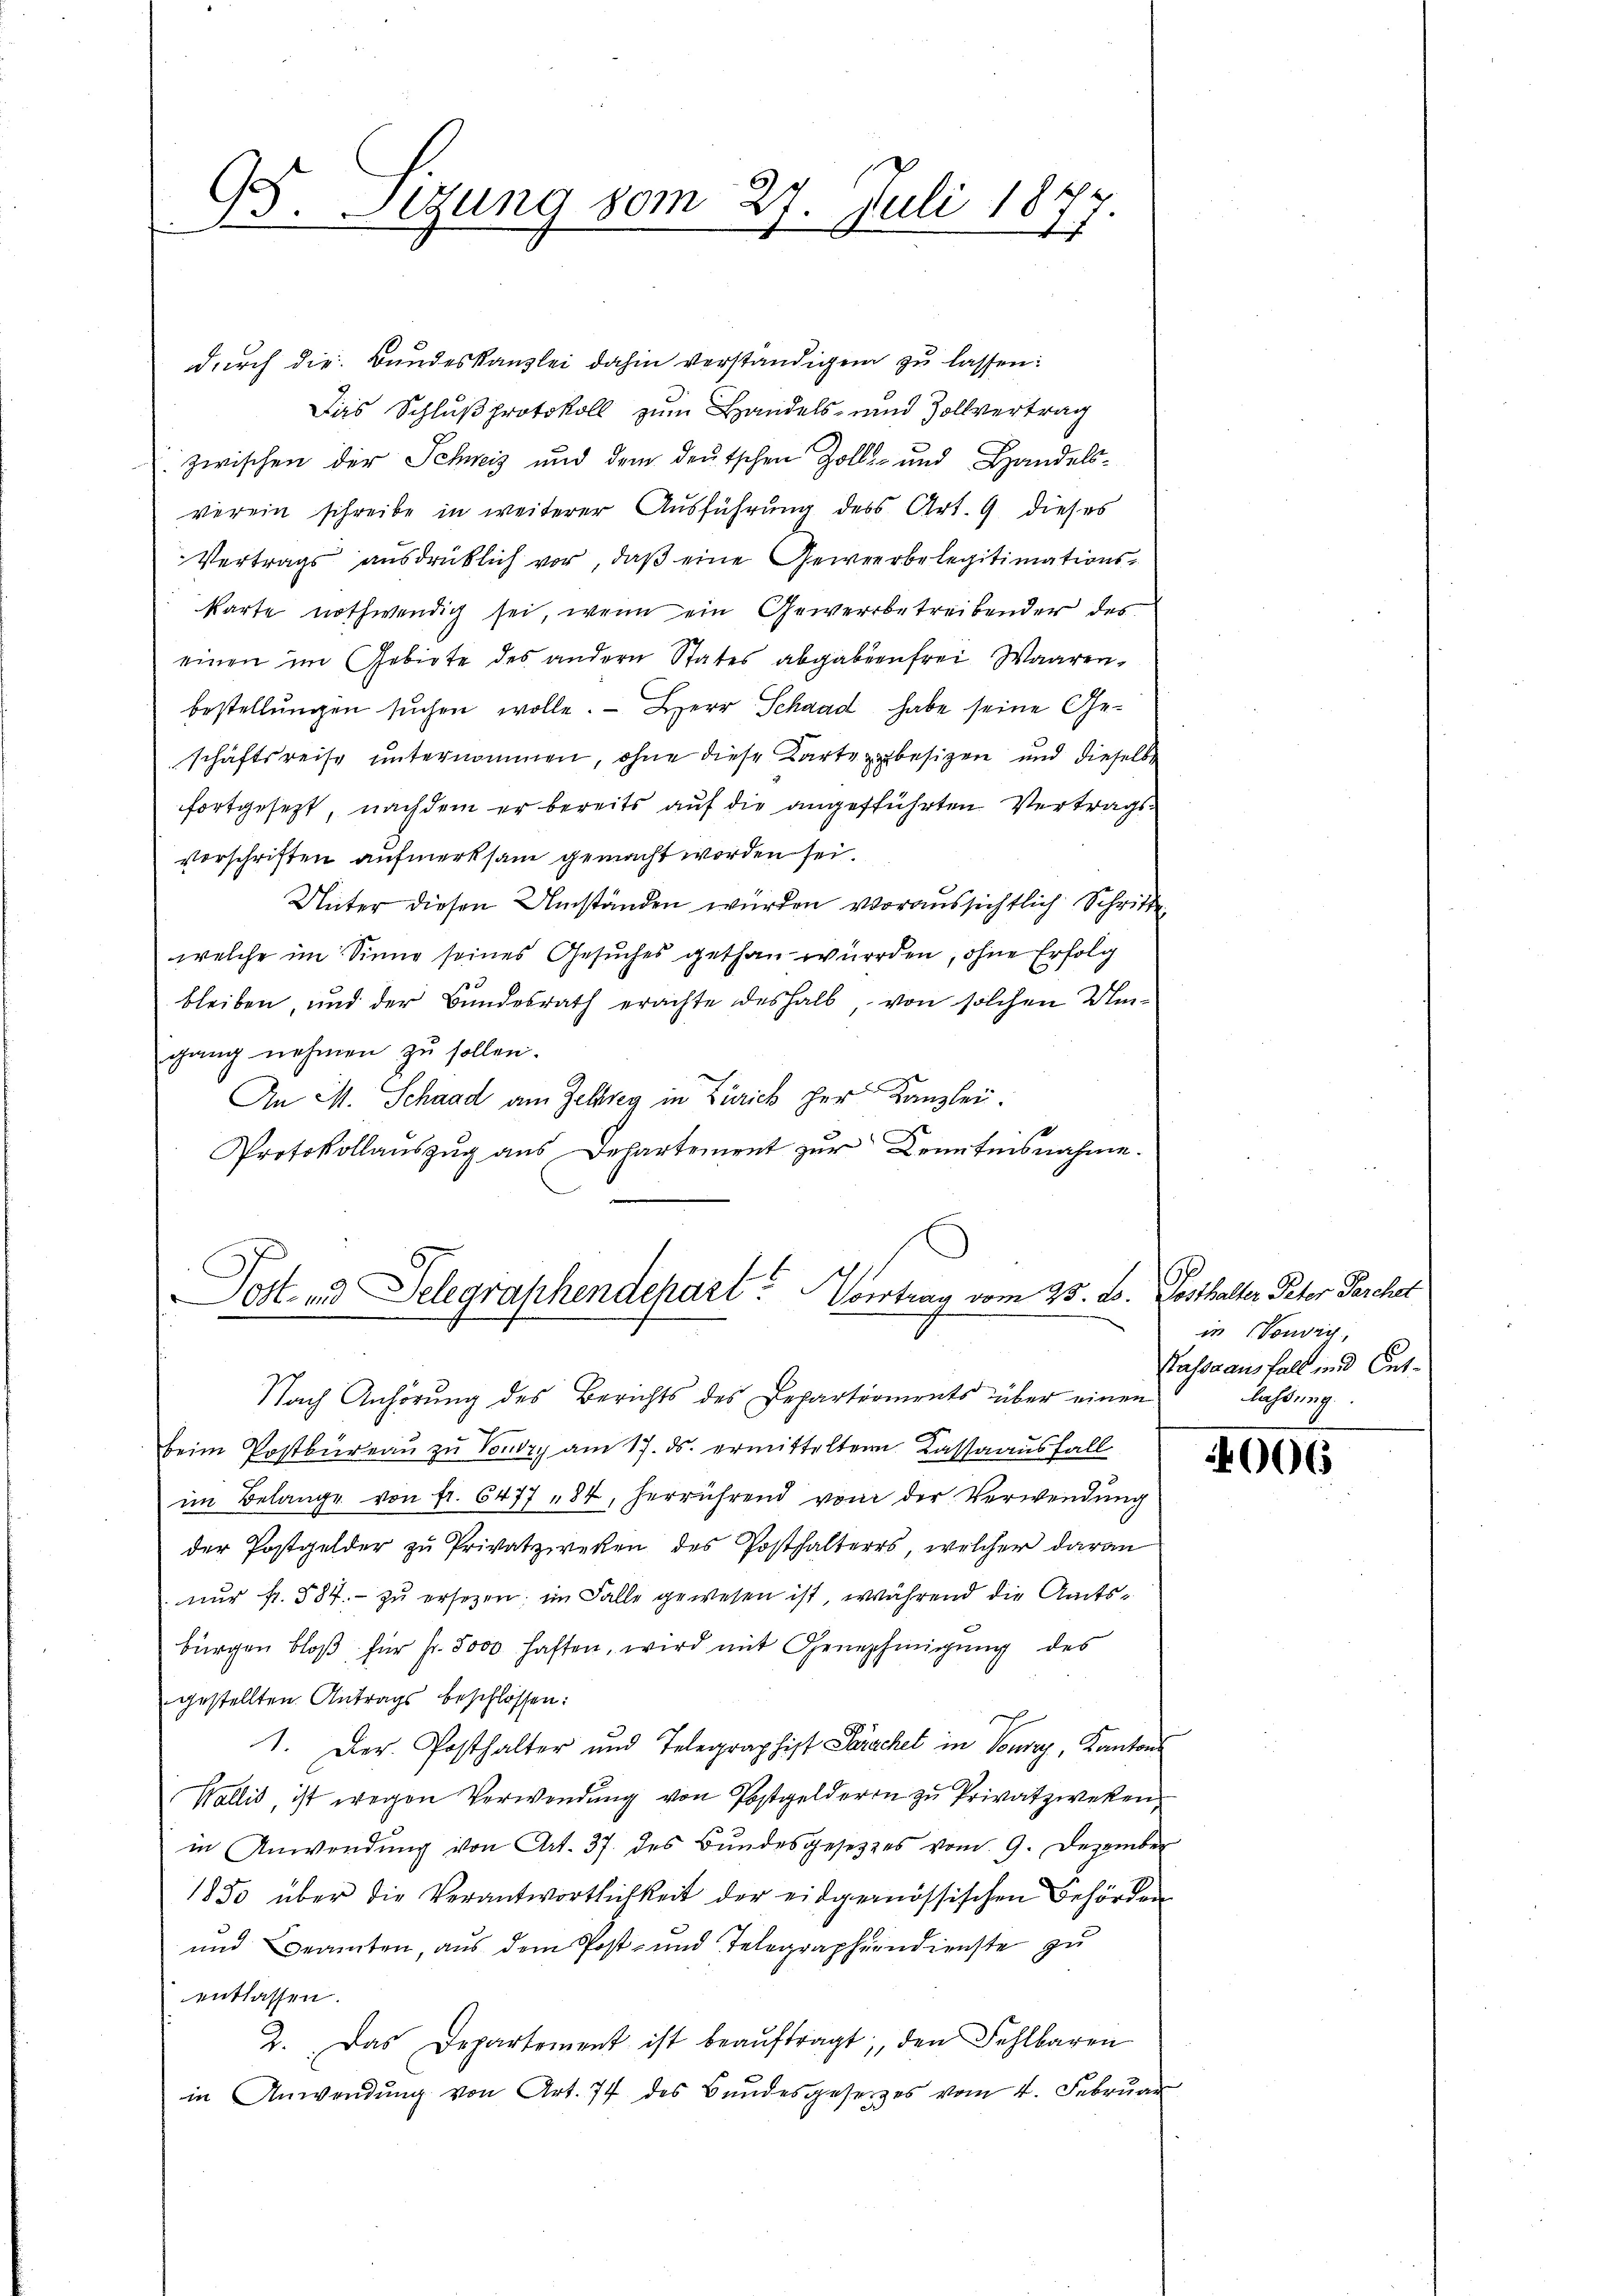
95. Segung vom 27. Juli 1877.

durch die Bundeskanzlei dahin verständigen zu lassen:
Das Schluß protokoll zum Handels- und Zollvertrag
zwischen der Schweiz und dem deutschen Zolls- und Handelsverein schreibe in weiterer Ausführung des Art. 9 dieses
Vertrags ausdrücklich vor, daβ eine Gewerbelegitimations-
karte nothwendig sei, wenn ein Gewerbetreibender des
einen im Gebiete des andern States abgaben frei Waarenbestellŭngen sŭchen wolle. Herr Schaad habe seine Geschäftsreise unternommen, ohne diese Karte zerbesizen und dieselbe
fortgesezt, nachdem er bereits auf die angefführten Vertragsvorschriften aufmerksam gemacht worden sei.
Unter diesen Umständen würden voraussichtlich Schritte
welche im Sinne seines Gesuches gethan würden, ohne Erfolg
bleiben, und der Bŭndesrath erachte deshalb, von solchen Um-
gang nehmen zu sollen.
An M. Schaad am Zeltweg in Zürich her Kanzlei.
Protokollauszug aus Departement zur Kenntnisnahme.

Sott- und Telegraphendepart. Vortrag vom 25. L. Posthalter Peter Parchet

Nach Anhörung des Berichts des Departements über einen
beim Postbüreau zu Voudry am 17. ds. ermittelter Kassaausfall
im Belange von fr. 6477 - 84, herrührend von der Verwendung
der Postgelder zu Privatzwecken des Posthalteres, welcher daran
nur fr. 884.- zŭ ersezen, im Falle gewesen ist, während die Amtsbürgen bloß für Fr. 5000 haften, wird mit Genehmigung des
gestellten Antrags beschlossen:
1. Der Posthalter und Telegraphist Prachet in Toury, Kantons
Wallis, ist wegen Verwendung von Postgelderin zu Privatzweken
in Anwendung von Art. 37. des Bundesgesetzes vom 9. Dezember
1830 über die Verantwortlichkeit der eidgenössischen Behörden
und Beamten, aus dem Post- und Telegrapherndienste zŭ
entlassen.
2. Das Departement ist beaŭftragt, den Fehlbaren
in Anwendŭng von Art. 77 des Bundesgesetzes vom 4. Febrŭar

in (Vondig,
Kassa ausfall und Entlassung

1006